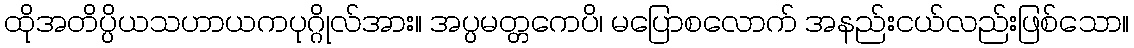
ထိုအတိပ္ပိယသဟာယကပုဂ္ဂိုလ်အား။ အပ္ပမတ္တကေပိ၊ မပြောစလောက် အနည်းငယ်လည်းဖြစ်သော။